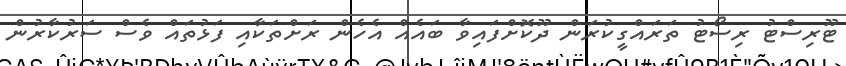
ޓޫރިސްޓު ރިސޯޓު ތަރައްގީކުރަން ދޫކޮށްފައިވާ ބައެއް އެހެން ރަށްތަކާއި ފަޅުތައް ވެސް ސަރުކާރުން